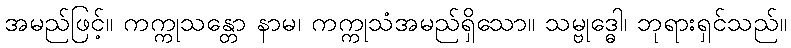
အမည်ဖြင့်။ ကက္ကုသန္တော နာမ၊ ကက္ကုသံအမည်ရှိသော။ သမ္ဗုဒ္ဓေါ၊ ဘုရားရှင်သည်။